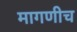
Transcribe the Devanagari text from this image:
मागणीच